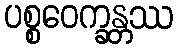
ပစ္စဝေက္ခန္တဿ